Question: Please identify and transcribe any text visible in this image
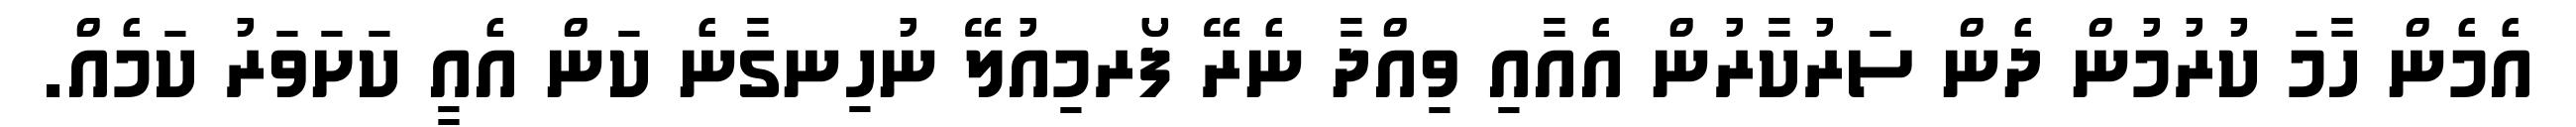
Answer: އެމެން ހާމަ ކުރުމުން ދެން ސަރުކާރުން އެއާއި ވިއްދާ ނެރޭ ފޯރމިއުލޭ ނުހިނގާނެ ކަން އެއީ ކަށަވަރު ކަމެއް.